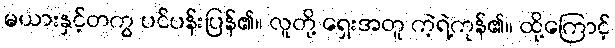
မယားနှင့်တကွ ပင်ပန်းပြန်၏။ လူတို့ ရှေးအတူ ကဲ့ရဲ့ကုန်၏။ ထို့ကြောင့်